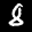
Label: 8